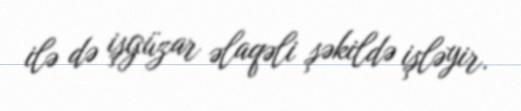
ilə də işgüzar əlaqəli şəkildə işləyir.